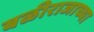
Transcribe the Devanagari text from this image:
बळीराजाच्या